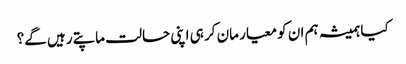
کیا ہمیشہ ہم ان کو معیار مان کر ہی اپنی حالت ماپتے رہیں گے؟